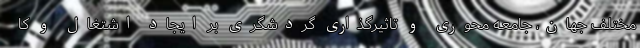
مختلف جهان، جامعه محوری و تاثیرگذاری گردشگری بر ایجاد اشتغال و کا